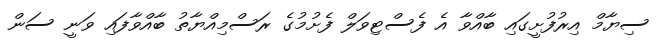
ސިޔާމް އިރުފުށީގައި ބާއްވާ އެ ފެސްޓިވަލް ފެށުމުގެ ރަސްމިއްޔާތު ބާއްވާފައި ވަނީ ސަން